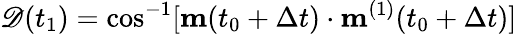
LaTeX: \mathscr{D}(t_{1})=\cos^{-1}[\mathbf{m}(t_{0}+\Delta t)\cdot\mathbf{m}^{(1)}(t_{0}+\Delta t)]